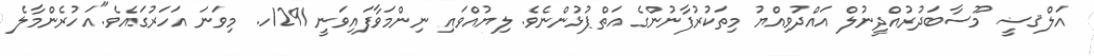
އަލްޤޟީ މޫސާބަދުރުއްދީނުލް އައްދުވިއްޔު މިތަކުރުފާނުންގެ އަތްޕުޅުންނެވެ. ލިޔުއްވައި ނިންމަވާފައިވަނީ 1291ހ. މިވަނަ އަހަރުގައެވެ."އަހުރެންމާލެ